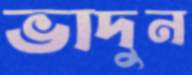
ভাদুন